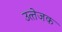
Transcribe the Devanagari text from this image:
उत्‍तेजक